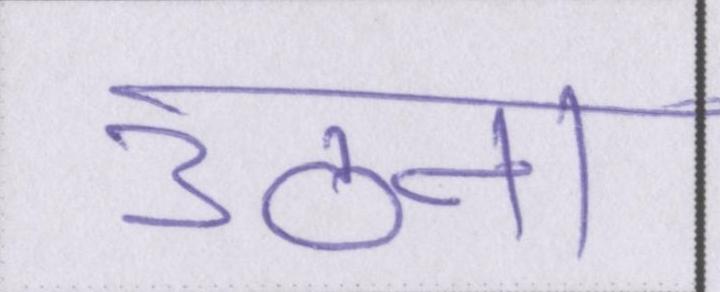
उठना